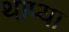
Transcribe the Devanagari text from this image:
थाप्या